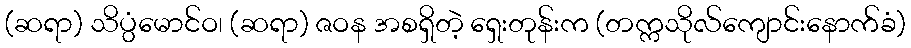
(ဆရာ) သိပ္ပ္ပံမောင်ဝ၊ (ဆရာ) ဇဝန အစရှိတဲ့ ရှေးတုန်းက (တက္ကသိုလ်ကျောင်းနောက်ခံ)